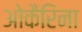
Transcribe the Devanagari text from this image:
ओकैरिना